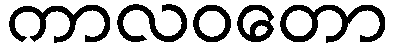
ကာလဝတော